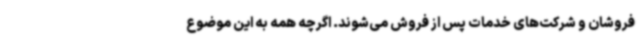
فروشان و شرکت‌های خدمات پس از فروش می‌شوند. اگرچه همه به این موضوع